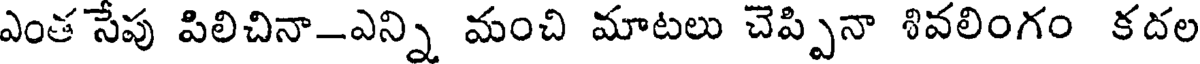
ఎంత సేపు పిలిచినా-ఎన్ని మంచి మాటలు చెప్పినా శివలింగం కదల